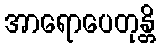
အာရောပေတုန္တိ